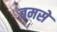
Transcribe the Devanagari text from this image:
बमसे